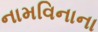
નામવિનાના